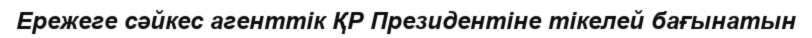
Ережеге сәйкес агенттік ҚР Президентіне тікелей бағынатын